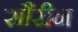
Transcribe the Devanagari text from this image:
सौरीन